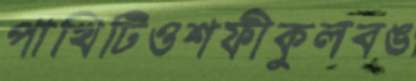
পাখিটিওশফীকুলবঙ